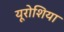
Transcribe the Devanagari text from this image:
यूरोशिया